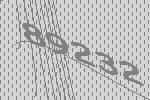
89232